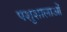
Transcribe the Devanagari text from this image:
पशुशालाओं